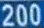
200